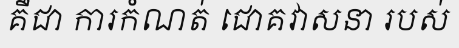
គឺជា ការកំណត់ ជោគវាសនា របស់